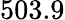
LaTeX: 503.9